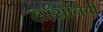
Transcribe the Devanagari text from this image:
लॉसोनची